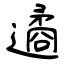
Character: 遹